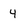
Character: 4